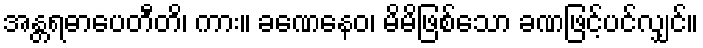
အန္တရဓာပေတီတိ၊ ကား။ ခဏေနေဝ၊ မိမိဖြစ်သော ခဏဖြင့်ပင်လျှင်။